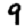
Digit: 9